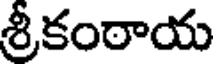
శ్రీకంఠాయ